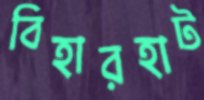
বিহারহাট